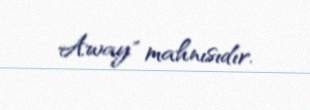
Away" mahnısıdır.